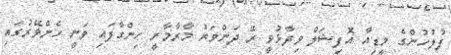
ފުލުހުންގެ މީޑިއާ އޮފިޝަލް ވިދާޅުވީ ރޭ ދަންވަރު މާރާމާރީ ހިންގާފައި ވަނީ ހެންވޭރުގައި